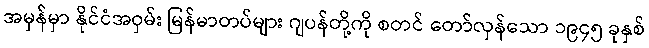
အမှန်မှာ နိုင်ငံအဝှမ်း မြန်မာတပ်များ ဂျပန်တို့ကို စတင် တော်လှန်သော ၁၉၄၅ ခုနှစ်